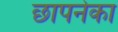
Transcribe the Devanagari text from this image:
छापनेका